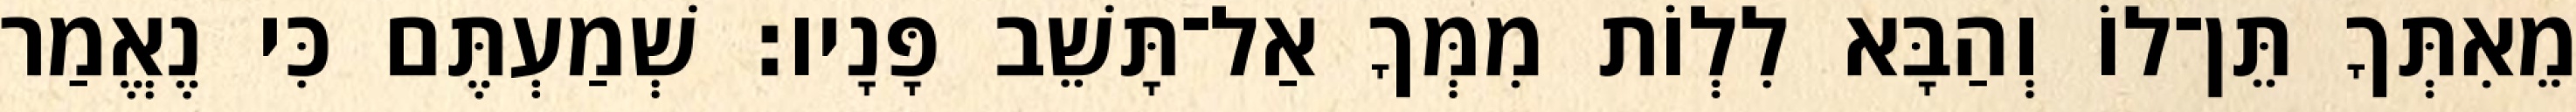
מֵאִתְּךָ תֵּן־לוֹ וְהַבָּא לִלְוֹת מִמְּךָ אַל־תָּשֵׁב פָּנָיו׃ שְׁמַעְתֶּם כִּי נֶאֱמַר